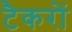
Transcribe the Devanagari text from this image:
टैकरों